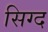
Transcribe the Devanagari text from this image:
सिग्द